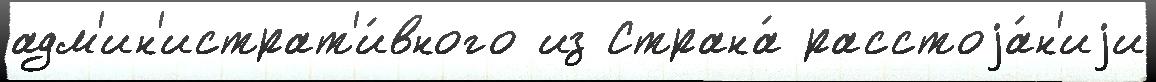
адм'ин'истрат'и́вного из Страна́ расстоjа́н'иjи